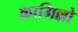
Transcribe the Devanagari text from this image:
कामिल्लो